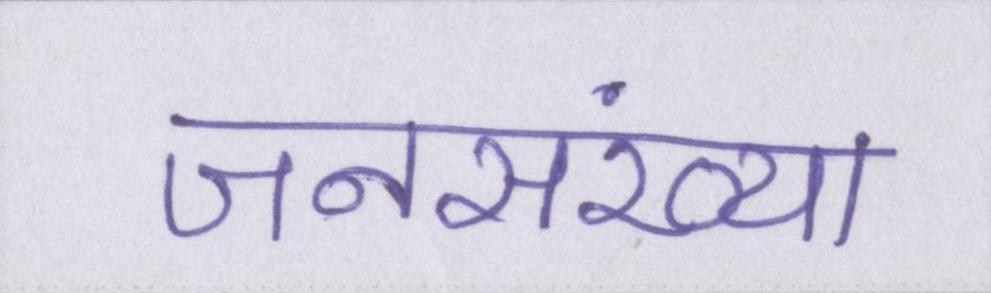
जनसंख्या